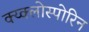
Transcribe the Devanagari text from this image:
क्य्क्लोस्पोरिन